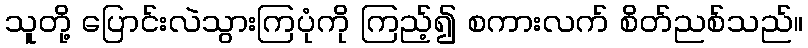
သူတို့ ပြောင်းလဲသွားကြပုံကို ကြည့်၍ စကားလက် စိတ်ညစ်သည်။